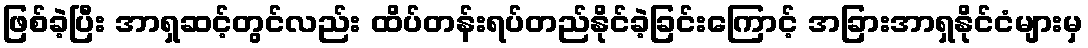
ဖြစ်ခဲ့ပြီး အာရှဆင့်တွင်လည်း ထိပ်တန်းရပ်တည်နိုင်ခဲ့ခြင်းကြောင့် အခြားအာရှနိုင်ငံများမှ